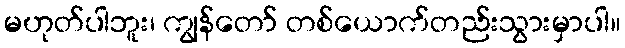
မဟုတ်ပါဘူး၊ ကျွန်တော် တစ်ယောက်တည်းသွားမှာပါ။